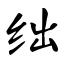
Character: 绌